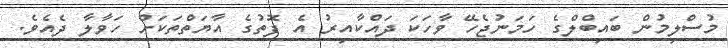
މުސްލިމުން ބައިބްލްގެ ހަމަނުޖެހޭ ވާހަކަ ދައްކާއިރު އެ ފޮތުގެ އާޔަތްތަކަށް ހަވާލާ ދެއެވެ.